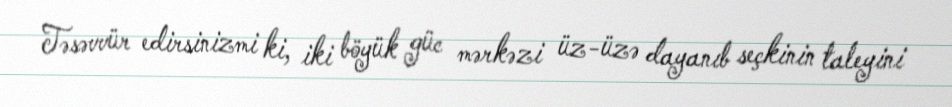
Təsəvvür edirsinizmi ki, iki böyük güc mərkəzi üz-üzə dayanıb seçkinin taleyini